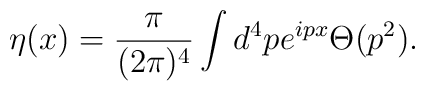
\eta (x)={\pi\over{(2 \pi)^4}}\int d^4p e^{i p x} \Theta (p^2).\nonumber